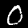
Label: 0